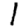
Digit: 1